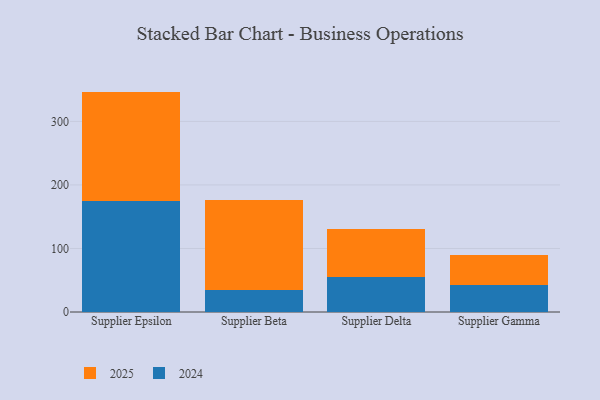
{"axis": {"x": "Supplier", "y": "Website Visitors"}, "legend": ["2024", "2025"], "data": [{"x": "Supplier Epsilon", "y": 172.1, "type": "2025"}, {"x": "Supplier Epsilon", "y": 174.8, "type": "2024"}, {"x": "Supplier Beta", "y": 142.9, "type": "2025"}, {"x": "Supplier Beta", "y": 33.9, "type": "2024"}, {"x": "Supplier Delta", "y": 75.6, "type": "2025"}, {"x": "Supplier Delta", "y": 54.5, "type": "2024"}, {"x": "Supplier Gamma", "y": 47.1, "type": "2025"}, {"x": "Supplier Gamma", "y": 43.2, "type": "2024"}]}